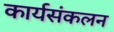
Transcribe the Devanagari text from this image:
कार्यसंकलन